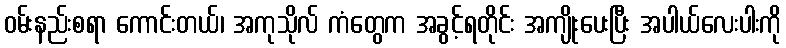
ဝမ်းနည်းစရာ ကောင်းတယ်၊ အကုသိုလ် ကံတွေက အခွင့်ရတိုင်း အကျိုးပေးပြီး အပါယ်လေးပါးကို